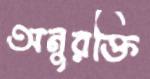
অনুরক্তি